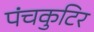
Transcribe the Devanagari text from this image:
पंचकुटिर